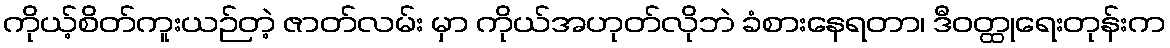
ကိုယ့်စိတ်ကူးယဉ်တဲ့ ဇာတ်လမ်း မှာ ကိုယ်အဟုတ်လိုဘဲ ခံစားနေရတာ၊ ဒီဝတ္ထုရေးတုန်းက